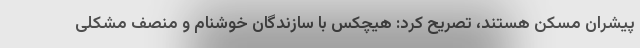
پیشران مسکن هستند، تصریح کرد: هیچکس با سازندگان خوشنام و منصف مشکلی